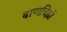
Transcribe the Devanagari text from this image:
बाणचिह्नों